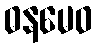
ဓနမေဝ